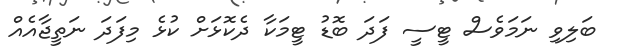
ބަލިވި ނަމަވެސް ޓީސީ ފަދަ ބޮޑު ޓީމަކާ ދެކޮޅަށް ކުޅެ މިފަދަ ނަތީޖާއެއް